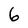
Character: 6